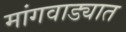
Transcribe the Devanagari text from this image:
मांगवाड्यात